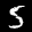
Label: 5